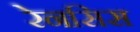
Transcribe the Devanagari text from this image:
रेनसिस